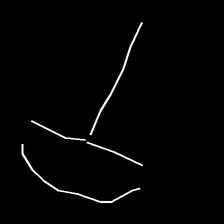
Glyph: dispersion